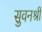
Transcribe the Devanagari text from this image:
सुवनश्री